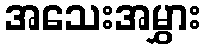
အသေးအမွှား